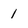
Character: 1